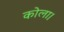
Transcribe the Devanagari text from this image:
कोला।